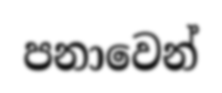
පනාවෙන්